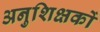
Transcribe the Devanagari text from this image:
अनुशिक्षकों